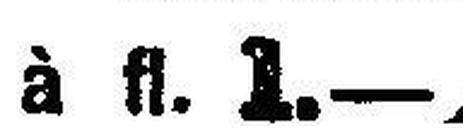
à fl. 1. —